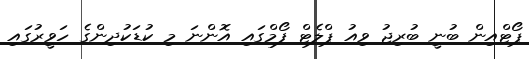
ޕޯޓްއިން ބުނީ ބުރިޖު ވިއު ޕްލެޓް ފޯމްގައި އޮންނަ މި ކުޑަކުދިންގެ ހަވީރުގައި